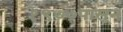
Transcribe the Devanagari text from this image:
१९७७पासून